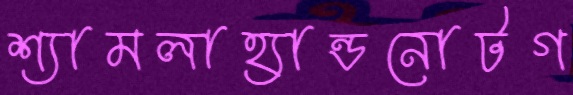
শ্যামলাহ্যান্ডনোটগ